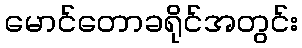
မောင်တောခရိုင်အတွင်း